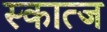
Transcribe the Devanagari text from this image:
स्कात्ज